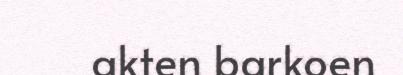
akten barkoen